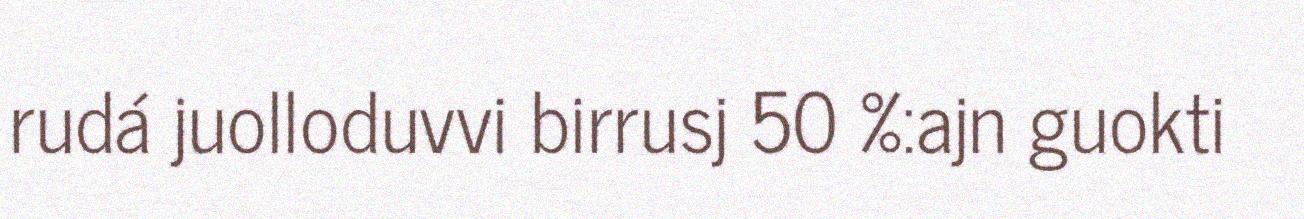
rudá juolloduvvi birrusj 50 %:ajn guokti